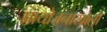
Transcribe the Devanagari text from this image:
प्रायोजनाखाली